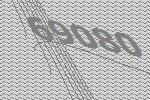
69080